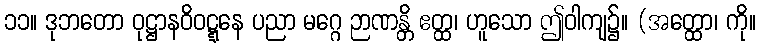
၁၁။ ဒုဘတော ဝုဋ္ဌာနဝိဝဋ္ဋနေ ပညာ မဂ္ဂေ ဉာဏန္တိ ဧတ္ထ၊ ဟူသော ဤဝါကျ၌။ (အတ္ထော၊ ကို။